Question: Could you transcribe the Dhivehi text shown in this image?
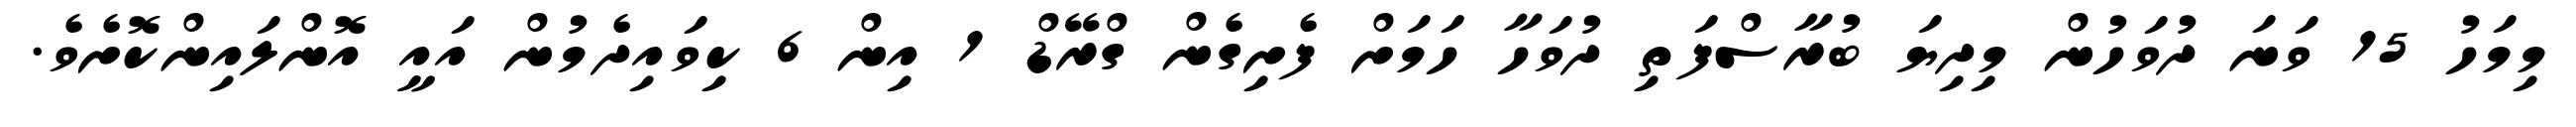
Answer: މިމަހު 15 ވަނަ ދުވަހުން މިދިޔަ ބުރާސްފަތި ދުވަހާ ހަމަށް ފެށިގެން ގްރޭޑް 1 އިން 6 ކިވައިދެމުން އައީ އޮންލައިންކޮށެވެ.